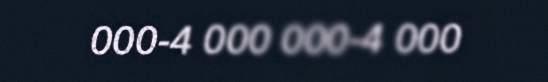
000-4 000 000-4 000